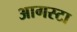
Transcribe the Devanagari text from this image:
आगस्टा